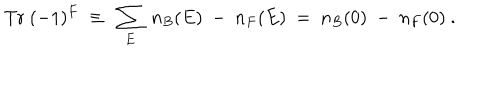
LaTeX: \mathrm { T r } ~ ( - 1 ) ^ { F } ~ \equiv ~ \sum _ { E } ~ n _ { B } ( E ) ~ - ~ n _ { F } ( E ) ~ = ~ n _ { B } ( 0 ) ~ - ~ n _ { F } ( 0 ) ~ .